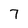
Character: 7